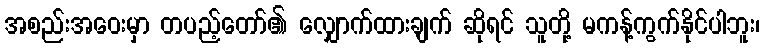
အစည်းအဝေးမှာ တပည့်တော်၏ လျှောက်ထားချက် ဆိုရင် သူတို့ မကန့်ကွက်နိုင်ပါဘူး၊